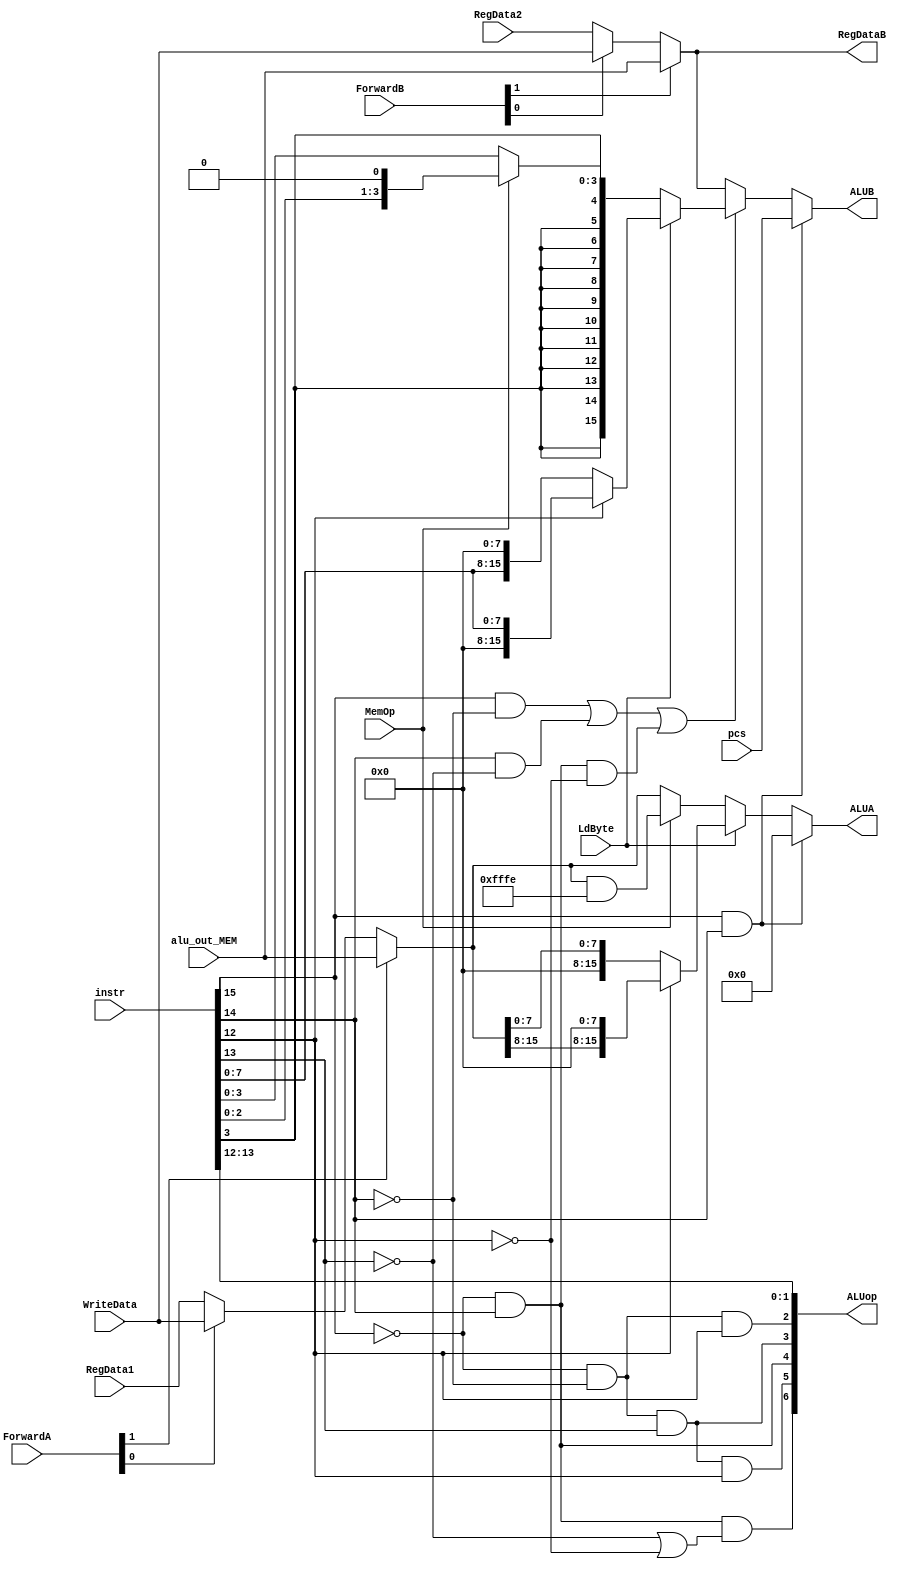
module ALU_Control(instr, RegData1, RegData2, pcs, LdByte, MemOp,
	alu_out_MEM, WriteData, ForwardA, ForwardB, ALUA, ALUB, ALUop, RegDataB);
	input [15:0] instr, RegData1, RegData2, pcs; 	//ID data inputs
	input LdByte, MemOp;							//Control inputs
	input [15:0] alu_out_MEM, WriteData;			//Forwarded inputs
	input [1:0] ForwardA, ForwardB;					//forward control inputs
	output [15:0] ALUA, ALUB, RegDataB;
	output [6:0] ALUop;

	wire A, B, C, D;
	assign {A, B, C, D} = instr[15:12];

	/* usage chart
	add		CLA
	SUB		cla
	red		cla
	xor		xor
	sll		shifter
	sra		shifter
	ror		shifter
	paddsb	cla
	lw		cla
	sw		cla
	lhb		cla
	llb		cla
	b		x
	br		x
	pcs		cla
	hlt		x
	*/

	////////////////////////////////////////////////////////////////////////////

	////Internal control signals, used for formatting data for alu to use///////
	//do we need the immediate?
	//1 for shift fns, lw, sw, llb, Lhb
	//0 for arith fns, pcs
	//x for b, br, hlt
	wire UseImm, ByteSelect, pcs_select;
	assign UseImm = (A & ~B) | (B & ~C) | (~A & B & ~D);

	//Whether to format for LLB or LHB
	//1 for llb, 0 for lhb
	assign ByteSelect = D;

	// is it a pcs instr?
	assign pcs_select = A & B;

	///////////////////////////////////////////////////////////////////////////

	/////External control signals, used by alu for knowing which arithmetic
	//function to perform///////
	wire sat, red, sub;
	wire [1:0] shiftop, outputSelect;
	//sat is for PADDSB
	//needs to be 1 for paddsb, 0 for other cla functions, x for shifter/xor/xs
	assign sat = ~A & B;
	//red is for RED
	//needs to be 1 for red, 0 for other cla functions, x for shifter/xor/xs
	assign red = ~A & ~B & C;
	//sub is for SUB
	//needs to be 1 for sub, 0 for other cla fns, x for shifter/xor/xs
	assign sub = ~A & ~B & D;

	//shift op is last two bits of instruction
	assign shiftop = instr[13:12];

	//aluSelect : tell alu which result to output
	//00 for cla
	//01 for xor
	//10 for shifter
	assign outputSelect[1] = ~A & B & (~C | ~D);
	assign outputSelect[0] = ~A & ~B & C & D;

	//coalesce
	assign ALUop = {outputSelect, sat, red, sub, shiftop};

	///////////////////////////////////////////////////////////////////////////

	/////Data outputs, directly go to alu inputs/////
	//Intermediate signals for ALUA and ALUB
	wire [15:0] RegDataA_raw, RegDataA_mem, RegDataA, loadedByteA;
	wire [15:0] RegDataB, loadedByteB, imm_mem, imm, imm_or_RegB;

	//A mux tree
	//Get right register data from forwarding unit
	assign RegDataA_raw = ForwardA[1] ? alu_out_MEM :
						  ForwardA[0] ? WriteData :
										RegData1;
	//Ignore lsb if memory operation
	assign RegDataA_mem = MemOp ? (RegDataA_raw & 16'hFFFE) : RegDataA_raw;
	//Zero proper byte of RegData for LLB/LHB (opposite byte of B)
	assign loadedByteA = ByteSelect ? {RegDataA_raw[15:8], 8'h00} :
									  {8'h00, RegDataA_raw[7:0]};
	//Choose loaded byte if LLB/LHB, else choose unformatted reg data
	assign RegDataA = LdByte ? loadedByteA : RegDataA_mem;
	//Have to force data to 0 for pcs due to x's in pcs ISA
	assign ALUA = pcs_select ? 16'h0000 : RegDataA;



	//B Mux tree
	//Decide which byte to load to, format data
	assign loadedByteB = ByteSelect ? {8'h00, instr[7:0]} : {instr[7:0], 8'h00};
	//shift immedate if memory operation, sign extend either way
	assign imm_mem = MemOp ? {{11{instr[3]}}, instr[3:0], 1'b0} :
							 {{12{instr[3]}}, instr[3:0]};
	//Choose loaded byte if llb or lhb, else choose the memory formatted imm
	assign imm = LdByte ? loadedByteB : imm_mem;
	//Get the right register data from forwarding unit
	assign RegDataB = ForwardB[1] ? alu_out_MEM :
					  ForwardB[0] ? WriteData :
									RegData2;
	//Choose between immediate and register data
	assign imm_or_RegB = UseImm ? imm : RegDataB;

	//Replace all that crap with pcs if its a pcs instruction
	assign ALUB = pcs_select ? pcs : imm_or_RegB;

endmodule